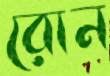
রোন